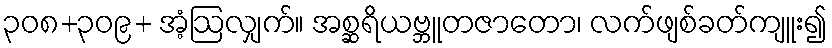
၃၀၈+၃၀၉+ အံ့ဩလျှက်။ အစ္ဆရိယဗ္ဘူတဇာတော၊ လက်ဖျစ်ခတ်ကျူး၍